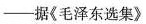
——据《毛泽东选集》